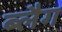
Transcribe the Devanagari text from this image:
ब्लैग